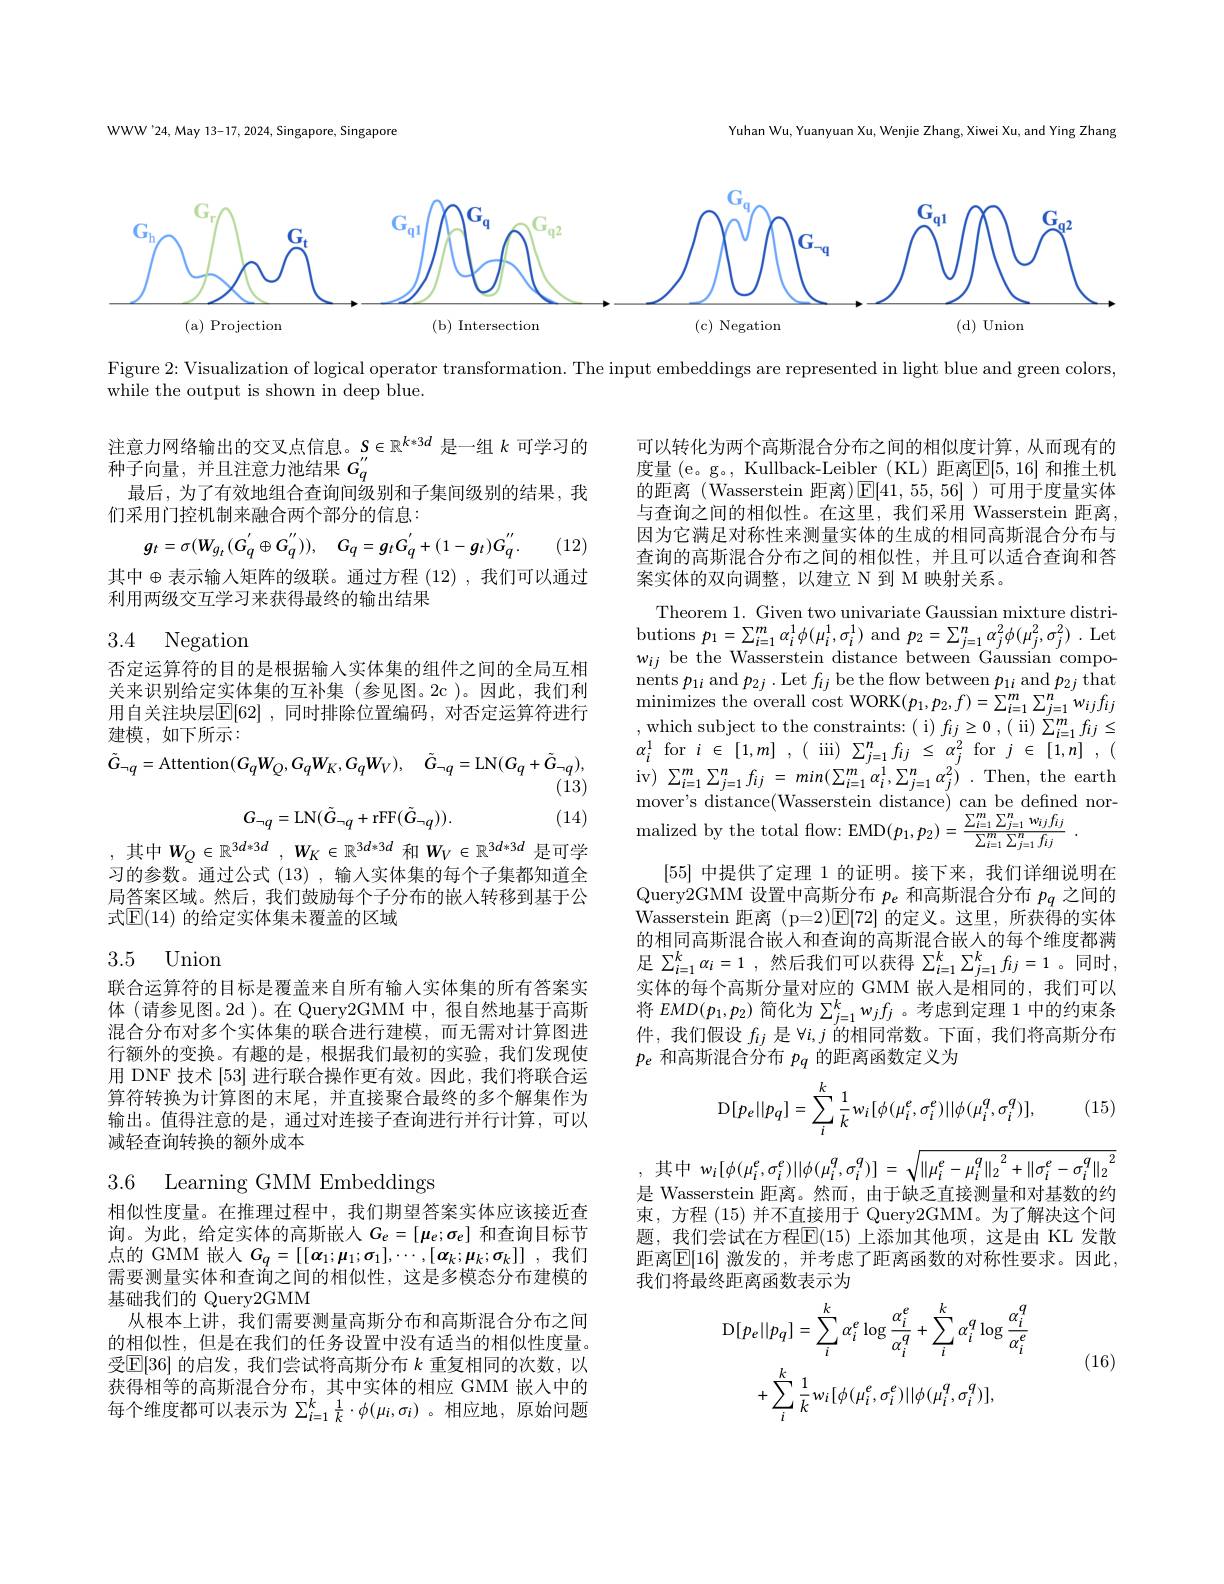
Yuhan Wu, Yuanyuan Xu, Wenjie Zhang, Xiwei Xu, and Ying Zhang

WWW'24, May 13-17, 2024, Singapore, Singapore

<FigureHere>

Figure 2:Visualization of logical operator transformation. The input embeddings are represented in light blue and green colors,
while the output is shown in deep blue.

注意力网络输出的交叉点信息。$S\in\mathbb{R}^{k*3d}$是一组$k$可学习的
种子向量，并且注意力池结果$G_q^{\prime\prime}$
最后，为了有效地组合查询间级别和子集间级别的结果，我
们采用门控机制来融合两个部分的信息：
$$g_{t}=\sigma(W_{g_{t}}(G_{q}^{'}\oplus G_{q}^{''})),\quad G_{q}=g_{t}G_{q}^{'}+(1-g_{t})G_{q}^{''}.$$
可以转化为两个高斯混合分布之间的相似度计算，从而现有的度量 (e。g。, Kullback-Leibler (KL) 距离$\mathbb{E}[5,16]$ 和推土机的距离 (Wasserstein 距离)$\mathbb{E}[41,55,56]$ )可用于度量实体与查询之间的相似性。在这里，我们采用 Wasserstein 距离， 因为它满足对称性来测量实体的生成的相同高斯混合分布与查询的高斯混合分布之间的相似性，并且可以适合查询和答案实体的双向调整，以建立 N 到 M 映射关系。

(12)

其中$\oplus$表示输入矩阵的级联。通过方程 (12) ,我们可以通过
利用两级交互学习来获得最终的输出结果

# 3.4 Negation

否定运算符的目的是根据输入实体集的组件之间的全局互相关来识别给定实体集的互补集(参见图。2c)。因此，我们利用自关注块层$\overline{\mathbb{E}}[62]$ ,同时排除位置编码 ,对否定运算符进行建模，如下所示：
$$\tilde{G}_{\neg q}=\mathrm{Attention}(G_{q}W_{Q},G_{q}W_{K},G_{q}W_{V}),\quad\tilde{G}_{\neg q}=\mathrm{LN}(G_{q}+\tilde{G}_{\neg q}),$$
Theorem 1. Given two univariate Gaussian mixture distributions $p_{1}=\sum_{i=1}^{m}\alpha_{i}^{1}\phi(\mu_{i}^{1},\sigma_{i}^{1})$ and $p_{2}=\sum_{j=1}^{n}\alpha_{j}^{2}\phi(\mu_{j}^{2},\sigma_{j}^{2})$ .Let $w_{ij}$ be the Wasserstein distance between Gaussian compo $\begin{array}{l}{\mathrm{nents~}p_{1i}\mathrm{~and~}p_{2j}.\mathrm{~Let~}f_{ij}\mathrm{~be~the~flow~between~}p_{1i}\mathrm{~and~}p_{2j}\mathrm{~that}}\\{\mathrm{minimizes~the~overall~cost~WORK}(p_{1},p_{2},f)=\sum_{i=1}^{m}\sum_{j=1}^{n}w_{ij}f_{ij}}\end{array}$ $\begin{array}{c}{\mathrm{,~which~subject~to~the~constraints:~(~i)~f_{ij}\geq0~,~(~ii)~}}\\{\mathrm{,~which~subject~to~the~constraints:~(~i)~f_{ij}\geq0~,~(~ii)~}}\\{\mathrm{,~which~subject~to~the~constrants:~(~i)~f_{ij}\geq0~,~(~ii)~}}\\{\mathrm{,~an~(~in)~}}\\{\mathrm{,~an~(~in)~}}\\{\mathrm{,~an~(~in)~}}\\{\mathrm{,~an~(~in)~}}\end{array}$ $\alpha_{i}^{1}$for$i\in[1,m],($iii$)\sum_j=1^{n}f_{ij}\leq\alpha_{j}^{2}$for$j\in[1,n],($ iv) $\sum _{i= 1}^{m}\sum _{j= 1}^{n}f_{ij} = min( \sum _{i= 1}^{m}\alpha _{i}^{1}, \sum _{j= 1}^{n}\alpha _{j}^{2}) . $Then, the earth mover's distance(Wasserstein distance) can be defined normalized by the total flow: EMD$(p_{1},p_{2})=\frac{\sum_{i=1}^{m}\sum_{j=1}^{n}w_{ij}f_{ij}}{\sum_{i=1}^{m}\sum_{j=1}^{n}f_{ij}}$
[55]中提供了定理 1 的证明。接下来，我们详细说明在Query2GMM 设置中高斯分布$p_e$和高斯混合分布$p_q$之间的Wasserstein 距离 (p=2)$\boxed{\mathrm{F}}[72]$的定义。这里，所获得的实体的相同高斯混合嵌人和查询的高斯混合嵌人的每个维度都满足 $\sum _i= 1^{k}\alpha _{i}= 1$ ,然后我们可以获得 $\sum_i=1^{k}\sum_{j=1}^{k}f_{ij}=1$ 。同时， 实体的每个高斯分量对应的 GMM 嵌入是相同的，我们可以将$EMD(p_1,p_2)$简化为$\sum_j=1^kw_jf_j$ 。考虑到定理 1 中的约束条件，我们假设$f_{ij}$是$\forall i,j$的相同常数。下面，我们将高斯分布$p_e$和高斯混合分布$p_q$的距离函数定义为
$$\mathrm{D}[p_e||p_q]=\sum_i^k\frac{1}{k}w_i[\phi(\mu_i^e,\sigma_i^e)||\phi(\mu_i^q,\sigma_i^q)],$$
$$\mathrm{tion}(G_{q}W_{Q},G_{q}W_{K},G_{q}W_{V}),\quad G_{\neg q}=\mathrm{Lf}$$
(13)
$$G_{\neg q}=\mathrm{LN}(\tilde{G}_{\neg q}+\mathrm{rFF}(\tilde{G}_{\neg q})).$$
(14)

,其中$W_Q\in \mathbb{R} ^{3d* 3d}$ , $W_K\in \mathbb{R} ^{3d* 3d}$ 和$W_V\in\mathbb{R}^{3d*3d}$ 是可学习的参数。通过公式 (13), 输入实体集的每个子集都知道全局答案区域。然后，我们鼓励每个子分布的嵌入转移到基于公式$\mathbb{E}(14)$ 的给定实体集未覆盖的区域

## 3.5 Union

联合运算符的目标是覆盖来自所有输人实体集的所有答案实体 (请参见图。2d )。在 Query2GMM 中，很自然地基于高斯混合分布对多个实体集的联合进行建模，而无需对计算图进行额外的变换。有趣的是，根据我们最初的实验，我们发现使用 DNF 技术[53]进行联合操作更有效。因此，我们将联合运算符转换为计算图的末尾，并直接聚合最终的多个解集作为输出。值得注意的是，通过对连接子查询进行并行计算，可以减轻查询转换的额外成本

(15)

3.6 Learning GMM Embeddings
$$w_{i}[\phi(\mu_{i}^{e},\sigma_{i}^{e})||\phi(\mu_{i}^{q},\sigma_{i}^{q})]\:=\:\sqrt{\|\mu_{i}^{e}-\mu_{i}^{q}\|_{2}^{2}+\|\sigma_{i}^{e}-\sigma_{i}^{q}\|_{2}^{2}}$$
是 Wasserstein 距离。然而，由于缺乏直接测量和对基数的约束，方程(15)并不直接用于 Query2GMM。为了解决这个问题，我们尝试在方程$\overline{\mathbb{E}}(15)$ 上添加其他项，这是由 KL 发散距离$\boxed{\mathrm{E}}[16]$ 激发的，并考虑了距离函数的对称性要求。因此， 我们将最终距离函数表示为

相似性度量。在推理过程中，我们期望答案实体应该接近查询。为此，给定实体的高斯嵌人$G_e=[\mu_e;\sigma_e]$和查询目标节点的 GMM 嵌入 $G_q= [ [ \boldsymbol{\alpha }_1; \boldsymbol{\mu }_1; \sigma _1] , \cdots , [ \boldsymbol{\alpha }_k; \boldsymbol{\mu }_k; \sigma _k] ]$ ,我们需要测量实体和查询之间的相似性，这是多模态分布建模的基础我们的 Query2GMM
从根本上讲，我们需要测量高斯分布和高斯混合分布之间的相似性，但是在我们的任务设置中没有适当的相似性度量。受$\mathbb{E}[36]$的启发，我们尝试将高斯分布$k$重复相同的次数，以获得相等的高斯混合分布，其中实体的相应 GMM 嵌人中的每个维度都可以表示为$\sum_{i=1}^k\frac1k\cdot\phi(\mu_i,\sigma_i)$ 。相应地，原始问题
$$\mathrm{D}[p_{e}||p_{q}]=\sum_{i}^{k}\alpha_{i}^{e}\log\frac{\alpha_{i}^{e}}{\alpha_{i}^{q}}+\sum_{i}^{k}\alpha_{i}^{q}\log\frac{\alpha_{i}^{q}}{\alpha_{i}^{e}}\\+\sum_{i}^{k}\frac{1}{k}w_{i}[\phi(\mu_{i}^{e},\sigma_{i}^{e})||\phi(\mu_{i}^{q},\sigma_{i}^{q})],$$
(16)